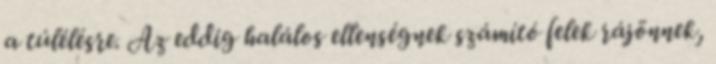
a túlélésre. Az eddig halálos ellenségnek számító felek rájönnek,